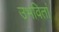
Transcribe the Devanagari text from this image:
उभवितां